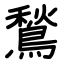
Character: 鶖